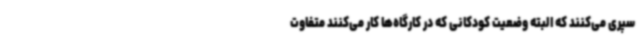
سپری می‌کنند که البته وضعیت کودکانی که در کارگاه‌ها کار می‌کنند متفاوت